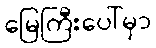
မြေကြီးပေါ်မှာ